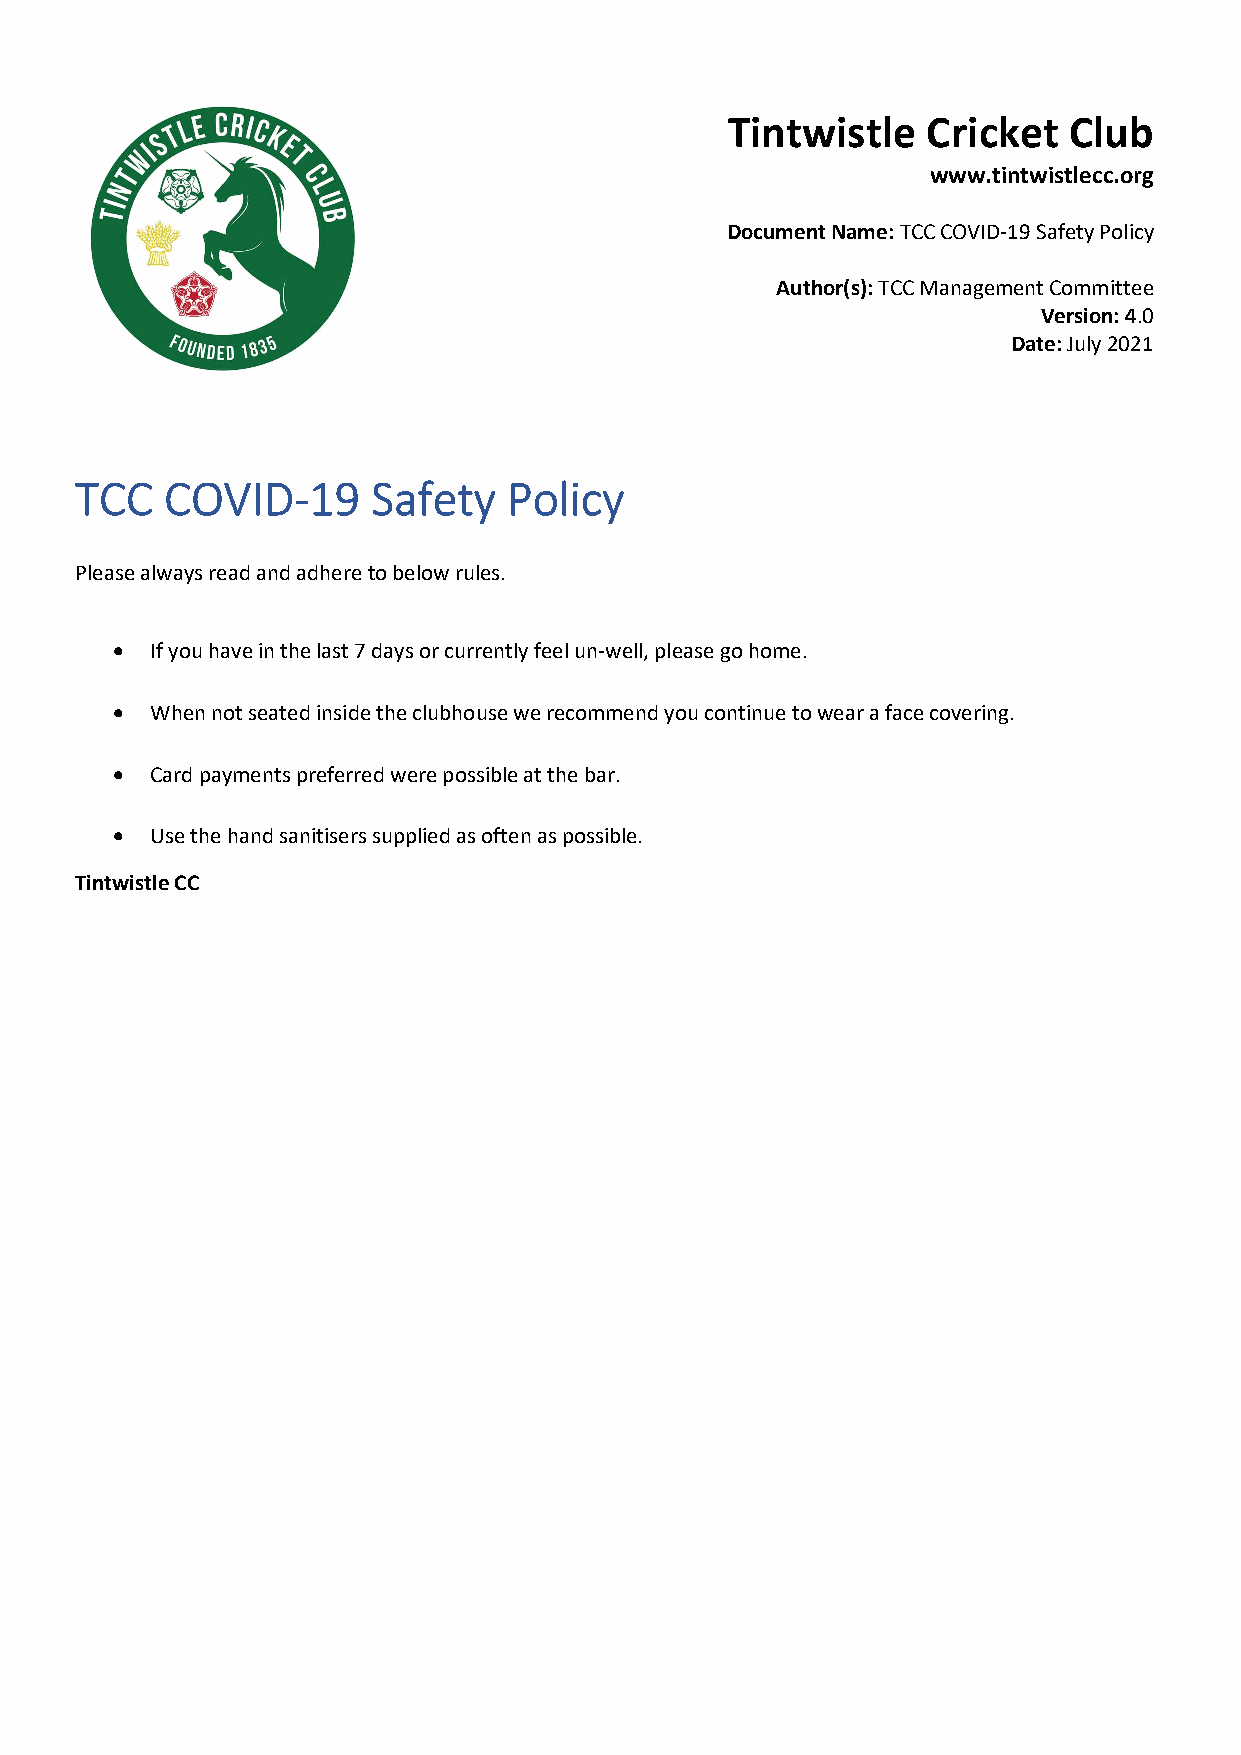
Tintwistle   Cricket   Club
 www.tintwistlecc.org
 Document Name: TCC COVID-19 Safety Policy
 Author(s): TCC Management Committee
 Version: 4.0
 Date: July 2021
 TCC   COVID-19      Safety   Policy
 Please always read and adhere to below rules.
   If you have in the last 7 days or currently feel un-well, please go home.
   When not seated inside the clubhouse we recommend you continue to wear a face covering.
   Card payments preferred were possible at the bar.
   Use the hand sanitisers supplied as often as possible.
 Tintwistle CC